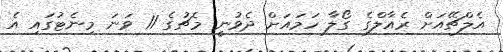
އެލްޗޭއަށް ރެއާލްގެ ގޯލާ ހަމައަށް ދެވުނީ މެޗުގެ 11 ވަނަ މިނެޓުގައި އެ